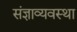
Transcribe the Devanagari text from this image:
संज्ञाव्यवस्था